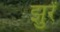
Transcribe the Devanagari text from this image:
झुर्रें